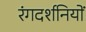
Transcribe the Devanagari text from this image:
रंगदर्शनियों